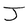
Character: J